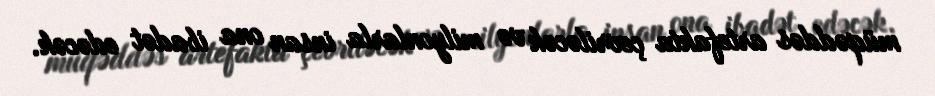
müqəddəs artefakta çevriləcək və milyonlarla insan ona ibadət edəcək.